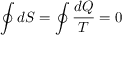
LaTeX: \oint d S = \oint { \frac { d Q } { T } } = 0